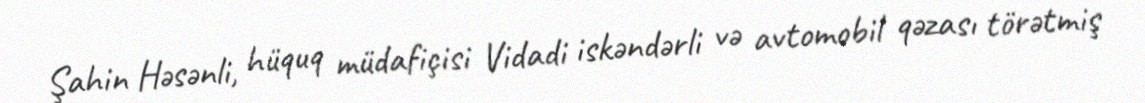
Şahin Həsənli, hüquq müdafiçisi Vidadi iskəndərli və avtomobil qəzası törətmiş